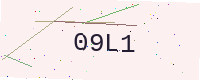
Text: 09L1